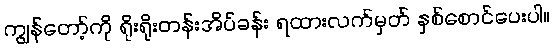
ကျွန်တော့်ကို ရိုးရိုးတန်းအိပ်ခန်း ရထားလက်မှတ် နှစ်စောင်ပေးပါ။